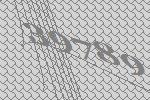
39789